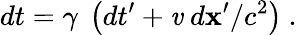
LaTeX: dt=\gamma\ \left(dt^{\prime}+\mathit{v}\ d\mathbf{x}^{\prime}/c^{2}\right)\ .